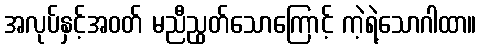
အလုပ်နှင့်အဝတ် မညီညွတ်သောကြောင့် ကဲ့ရဲ့သောဂါထာ။